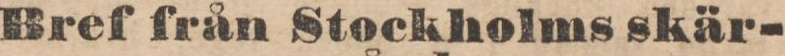
Bref från Stockholms skär-